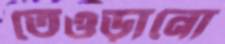
তেওড়ানো